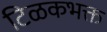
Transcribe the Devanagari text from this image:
टिळकभक्त